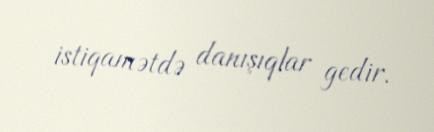
istiqamətdə danışıqlar gedir.